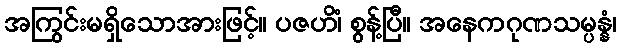
အကြွင်းမရှိသောအားဖြင့်။ ပဇဟိံ၊ စွန့်ပြီ။ အနေကဂုဏသမ္ပန္နံ၊